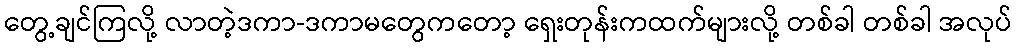
တွေ့ချင်ကြလို့ လာတဲ့ဒကာ-ဒကာမတွေကတော့ ရှေးတုန်းကထက်များလို့ တစ်ခါ တစ်ခါ အလုပ်